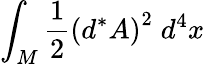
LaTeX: \int_{M}\frac{1}{2}\left(d^{\ast}A\right)^{2}\; d^{4}x